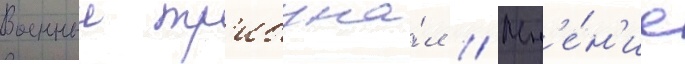
Военныи тр'ибуна́л // Мн'е́н'ие